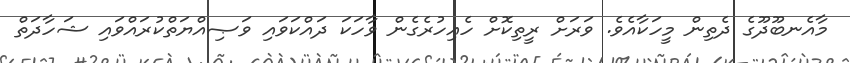
މާއެނބޫދޫގެ ދެތިން މީހަކާއެވެ. ވަރަށް ރީތިކޮށް ހެއިހުރެގެން ވާހަކަ ދައްކަވައި ވަޞިއްޔަތްކުރައްވައި ޝަހާދަތް